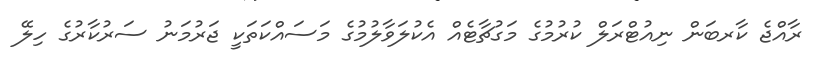
ރާއްޖެ ކާރބަން ނިއުޓްރަލް ކުރުމުގެ މަގުޗާޓެއް އެކުލަވާލުމުގެ މަސައްކަތަކީ ޖަރުމަނު ސަރުކާރުގެ ހިލޭ